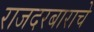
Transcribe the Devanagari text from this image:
राजदरबाराचे